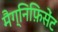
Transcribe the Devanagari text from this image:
मैग्निफ़िसेंट